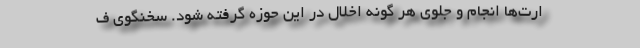
ارت‌ها انجام و جلوی هر گونه اخلال در این حوزه گرفته شود. سخنگوی ف